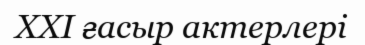
XXI ғасыр актерлері